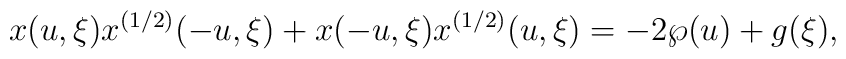
x(u,\xi)x^{(1/2)}(-u,\xi)+x(-u,\xi)x^{(1/2)}(u,\xi)    =-2\wp(u)+   g(\xi),